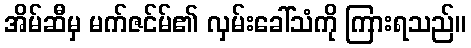
အိမ်ဆီမှ မက်ဇင်မ်၏ လှမ်းခေါ်သံကို ကြားရသည်။